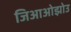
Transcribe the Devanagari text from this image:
जिआओझोउ